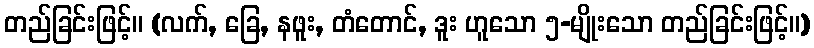
တည်ခြင်းဖြင့်။ (လက်, ခြေ, နဖူး, တံတောင်, ဒူး ဟူသော ၅-မျိုးသော တည်ခြင်းဖြင့်။)